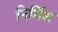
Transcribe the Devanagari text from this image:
निर्मिश